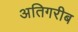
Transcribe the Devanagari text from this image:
अतिगरीब